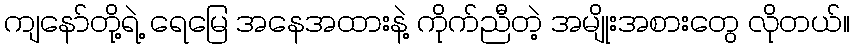
ကျနော်တို့ရဲ့ ရေမြေ အနေအထားနဲ့ ကိုက်ညီတဲ့ အမျိုးအစားတွေ လိုတယ်။